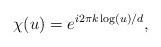
LaTeX: \begin{align*}\chi(u)=e^{i2\pi k \log (u)/d },\end{align*}